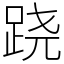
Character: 跷